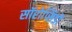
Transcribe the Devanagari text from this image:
सॉरोप्सिडों